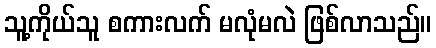
သူ့ကိုယ်သူ စကားလက် မလုံမလဲ ဖြစ်လာသည်။